Vaccination in Bombay 1913-1923 - 1913-1923
Year: 1913
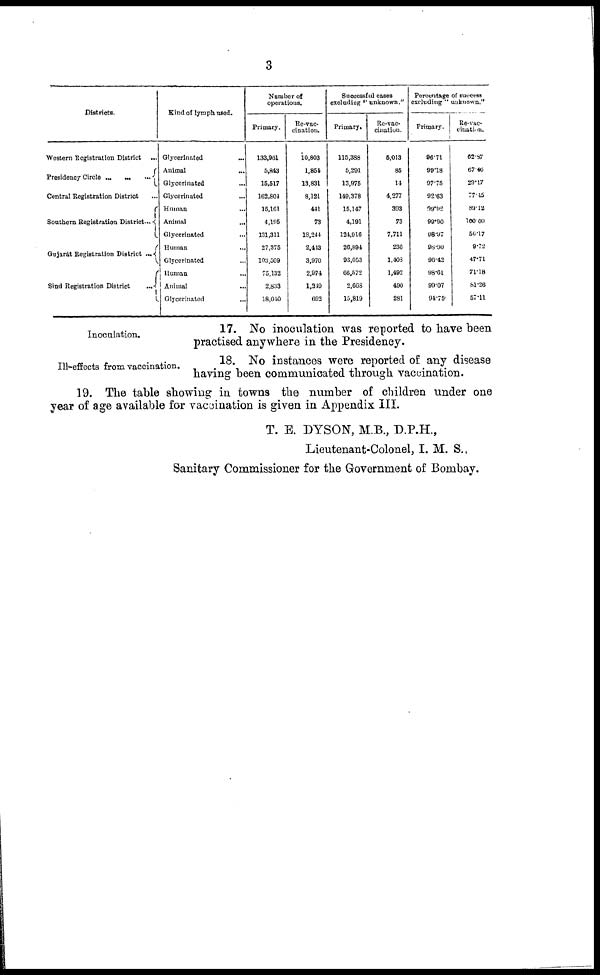
3
Districts.
Western Registration District
...
Presidency Circle
...
...
...
Central Registration District ...
Southern Registration District...
Gujarát Registration District ...
Sind Registration District
...
Kind of lymph used.
Glycerinated ...
Animal ...
Glycerinated ...
Glycerinated ...
Human ...
Animal ...
Glycerinated ...
Human ...
Glycerinated ...
Human ...
Animal ...
Glycerinated ...
Number of
operations.
Primary.
133,061
5,843
15,517
162,804
15,161
4,195
131,311
27,375
103,509
75,132
2,833
18,040
Re-vac-
cination.
10,803
1,854
13,831
8,121
441
73
18,244
2,443
3,970
2,974
1,240
692
Successful cases
excluding ''unknown."
Primary.
115,388
5,291
13,975
149,378
15,147
4,191
124,916
26,894
93,053
66,572
2,668
15,819
Re-vac-
cination.
5,013
85
14
4,277
303
73
7,711
236
1,403
1,492
490
281
Percentage of success
excluding " unknown."
Primary.
96.71
99.18
97.75
92.63
99.92
99.90
98.97
98.90
96.42
98.61
99.07
94.75
Re-vac¬
cination.
62.87
67.46
29.17
77.45
89.12
100.00
50.17
9.72
47.71
71.18
81.26
57.11
Inoculation.
17. No inoculation was reported to have been
practised anywhere in the Presidency.
Ill-effects from vaccination.
18. No instances were reported of any disease
having been communicated through vaccination.
19. The table showing in towns the number of children under one
year of age available for vaccination is given in Appendix III.
T. E. DYSON, M.B., D.P.H.,
Lieutenant-Colonel, I. M. S.,
Sanitary Commissioner for the Government of Bombay.